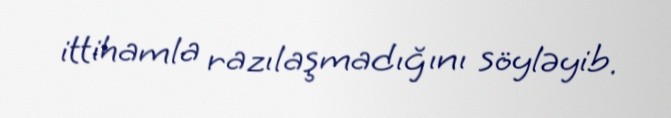
ittihamla razılaşmadığını söyləyib.